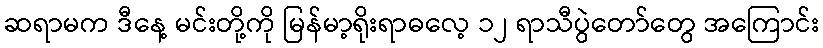
ဆရာမက ဒီနေ့ မင်းတို့ကို မြန်မာ့ရိုးရာဓလေ့ ၁၂ ရာသီပွဲတော်တွေ အကြောင်း